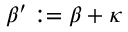
\beta ^ { \prime } : = \beta + \kappa